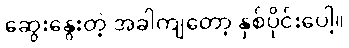
ဆွေးနွေးတဲ့ အခါကျတော့ နှစ်ပိုင်းပေါ့။